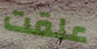
علقت